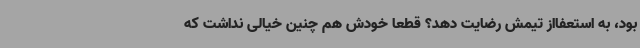
بود، به استعفااز تیمش رضایت دهد؟ قطعا خودش هم چنین خیالی نداشت که